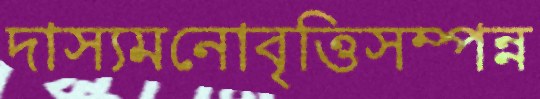
দাস্যমনোবৃত্তিসম্পন্ন